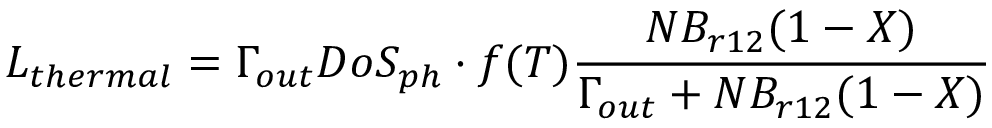
L _ { t h e r m a l } = \Gamma _ { o u t } D o S _ { p h } \cdot f ( T ) \frac { N B _ { r 1 2 } ( 1 - X ) } { \Gamma _ { o u t } + N B _ { r 1 2 } ( 1 - X ) }